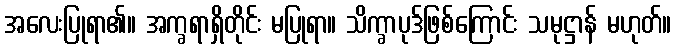
အလေးပြုရာ၏။ အက္ခရာရှိတိုင်း မပြုရာ။ သိက္ခာပုဒ်ဖြစ်ကြောင်း သမုဋ္ဌာန် မဟုတ်။